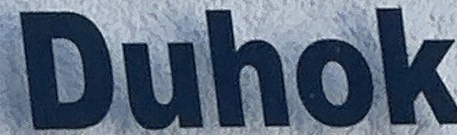
Duhok